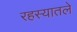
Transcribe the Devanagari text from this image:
रहस्यातले